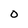
Character: O